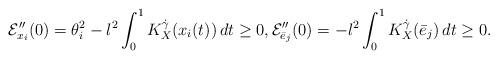
LaTeX: \begin{align*} {\cal E}_{x_i}''(0)=\theta_i^2-l^2\int_0^1K^{\dot\gamma}_X(x_i(t))\,dt\ge 0, {\cal E}_{\bar e_j}''(0)=-\/l^2\int_0^1K^{\dot\gamma}_X(\bar e_j)\,dt\ge 0.\end{align*}